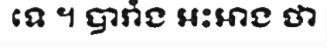
ទេ ។ បារាំង អះអាង ថា